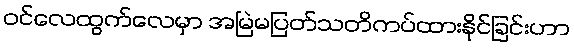
ဝင်လေထွက်လေမှာ အမြဲမပြတ်သတိကပ်ထားနိုင်ခြင်းဟာ